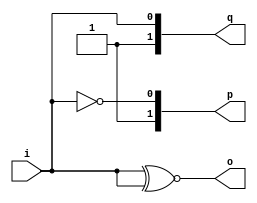
module gold(input i, output [1:0] o, p, q);
assign o =  i ~^ i;
assign p =  1'b0 ~^ i;
assign q =  1'b1 ~^ i;
endmodule